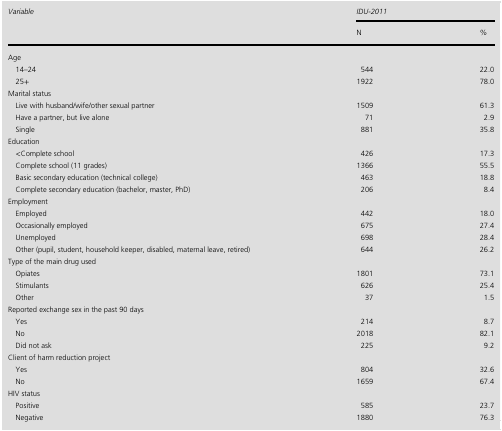
| <ROWSPAN=2> Variable | <COLSPAN=2> IDU-2011 |
 | N | % |
 | --- | --- | --- |
 | <COLSPAN=3> Age |
 | 14–24 | 544 | 22.0 |
 | 25+ | 1922 | 78.0 |
 | <COLSPAN=3> Marital status |
 | Live with husband/wife/other sexual partner | 1509 | 61.3 |
 | Have a partner, but live alone | 71 | 2.9 |
 | Single | 881 | 35.8 |
 | <COLSPAN=3> Education |
 | <Complete school | 426 | 17.3 |
 | Complete school (11 grades) | 1366 | 55.5 |
 | Basic secondary education (technical college) | 463 | 18.8 |
 | Complete secondary education (bachelor, master, PhD) | 206 | 8.4 |
 | <COLSPAN=3> Employment |
 | Employed | 442 | 18.0 |
 | Occasionally employed | 675 | 27.4 |
 | Unemployed | 698 | 28.4 |
 | Other (pupil, student, household keeper, disabled, maternal leave, retired) | 644 | 26.2 |
 | <COLSPAN=3> Type of the main drug used |
 | Opiates | 1801 | 73.1 |
 | Stimulants | 626 | 25.4 |
 | Other | 37 | 1.5 |
 | <COLSPAN=3> Reported exchange sex in the past 90 days |
 | Yes | 214 | 8.7 |
 | No | 2018 | 82.1 |
 | Did not ask | 225 | 9.2 |
 | <COLSPAN=3> Client of harm reduction project |
 | Yes | 804 | 32.6 |
 | No | 1659 | 67.4 |
 | <COLSPAN=3> HIV status |
 | Positive | 585 | 23.7 |
 | Negative | 1880 | 76.3 |